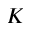
K